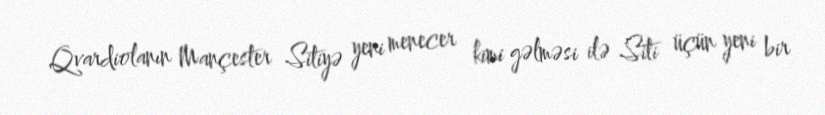
Qvardiolanın Mançester Sitiyə yeni menecer kimi gəlməsi ilə Siti üçün yeni bir